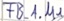
Text: FB_1.M1